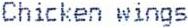
CHICKEN WINGS